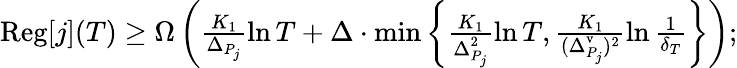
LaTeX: \begin{array}{r}{\mathrm{Reg}[j](T)\ge\Omega\left(\frac{K_{1}}{\Delta_{P_{j}}}\ln T+\Delta\cdot\operatorname*{min}\left\{ \frac{K_{1}}{\Delta_{P_{j}}^{2}}\ln T,\frac{K_{1}}{(\Delta_{P_{j}}^{\mathrm{v}})^{2}}\ln\frac{1}{\delta_{T}}\right\} \right);}\end{array}